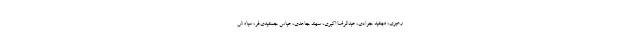
رهبری، مهشید جوادی، عبدالرضا اکبری، سهند جاهدی، عباس جمشیدی‌فر، سیاوش